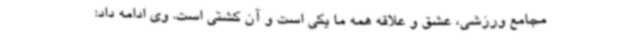
مجامع ورزشی، عشق و علاقه همه ما یکی است و آن کشتی است. وی ادامه داد: